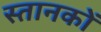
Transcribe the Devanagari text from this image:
स्तानकों